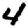
Digit: 4